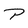
Character: P